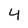
Character: 4